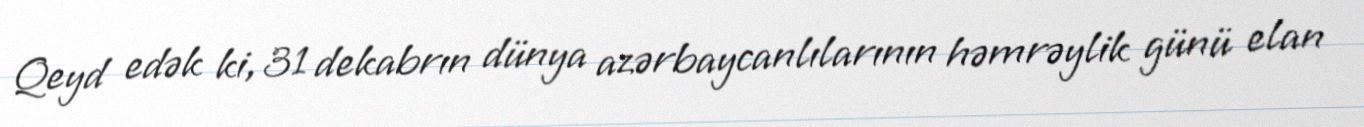
Qeyd edək ki, 31 dekabrın dünya azərbaycanlılarının həmrəylik günü elan